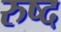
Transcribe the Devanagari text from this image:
रुष्द